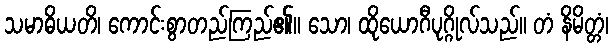
သမာဓိယတိ၊ ကောင်းစွာတည်ကြည်၏။ သော၊ ထိုယောဂီပုဂ္ဂိုလ်သည်။ တံ နိမိတ္တံ၊